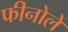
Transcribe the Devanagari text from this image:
फीनोलें